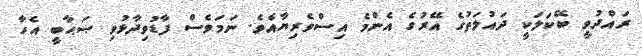
ރައްދުވީ ބޭކަލަކީ ދައުލަތުގެ އޭރުގެ އެންމެ އިސްވެރިޔާއެވެ. ނަމަވެސް ފާޑުވިދާޅުވި ޞަޙާބީ އެހާ